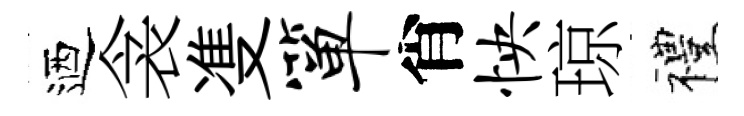
迺衾㕠箪肖怏琼禮